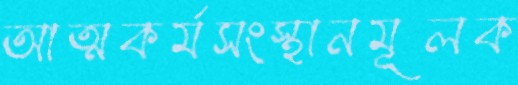
আত্মকর্মসংস্থানমূলক